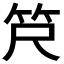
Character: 𫁶